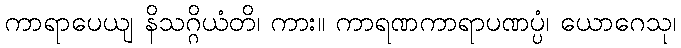
ကာရာပေယျ နိသဂ္ဂိယံတိ၊ ကား။ ကာရဏကာရာပဏပ္ပံ၊ ယောဂေသု၊